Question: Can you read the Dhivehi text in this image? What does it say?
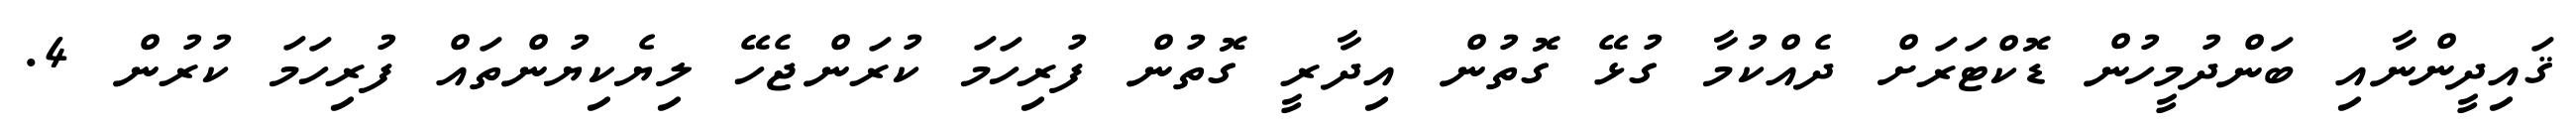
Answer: ޤައިދީންނާއި ބަންދުމީހުން ޑޮކްޓަރަށް ދެއްކުމާ ގުޅޭ ގޮތުން އިދާރީ ގޮތުން ފުރިހަމަ ކުރަންޖެހޭ ލިޔެކިޔުންތައް ފުރިހަމަ ކުރުން 4.